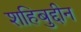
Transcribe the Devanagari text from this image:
शहिबुद्दीन